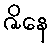
ဇိနေ